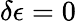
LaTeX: \delta\epsilon=0